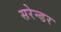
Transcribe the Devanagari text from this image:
सरेन्डर